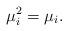
LaTeX: \begin{align*} \mu_i^2=\mu_i.\end{align*}